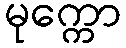
မုက္ကော